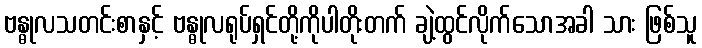
ဗန္ဓုလသတင်းစာနှင့် ဗန္ဓုလရုပ်ရှင်တို့ကိုပါတိုးတက် ချဲ့ထွင်လိုက်သောအခါ သား ဖြစ်သူ